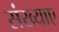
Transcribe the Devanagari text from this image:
संख्याए